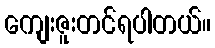
ကျေးဇူးတင်ရပါတယ်။